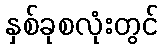
နှစ်ခုစလုံးတွင်